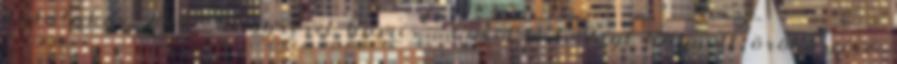
halálakor 2414 - nagyrészt hamis - Corot-festményt hagyott örököseire;